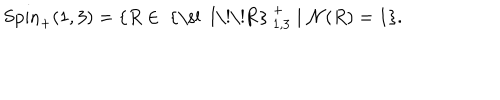
LaTeX: \mathrm { S p i n } _ { + } ( 1 , 3 ) = \{ R \in \mathrm { ~ { \ s l ~ I \! \! R } ~ } _ { 1 , 3 } ^ { + } \mid { \cal N } ( R ) = 1 \} .